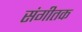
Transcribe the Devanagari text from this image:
संगीतक